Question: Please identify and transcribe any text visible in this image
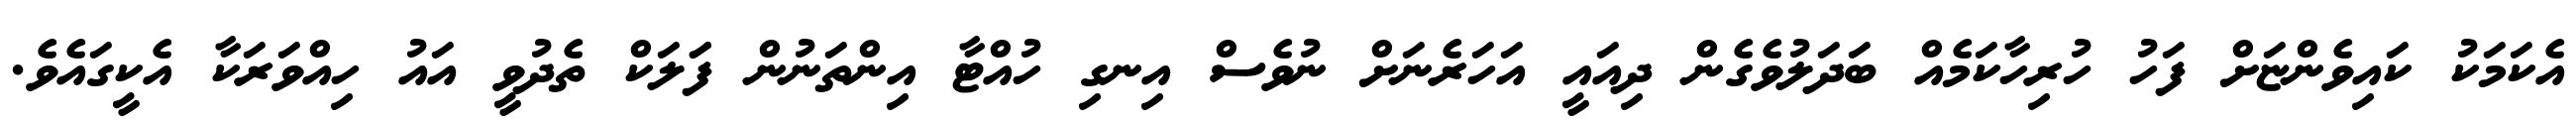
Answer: އެކަމަކު ކައިވެންޏަށް ފަހު ހުރިހާކަމެއް ބަދަލުވެގެން ދިއައީ އަހަރެނަށް ނުވެސް އިނގި ހުއްޓާ އިންތަނުން ފަަލަކް ތެދުވީ އައު ހިއްވަރަކާ އެކީގައެވެ.